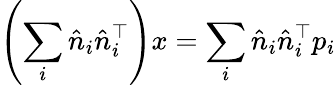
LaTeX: \left(\sum_{i}{\hat{n}}_{i}{\hat{n}}_{i}^{\top}\right)x=\sum_{i}{\hat{n}}_{i}{\hat{n}}_{i}^{\top}p_{i}